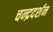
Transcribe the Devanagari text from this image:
चन्द्रदर्शन